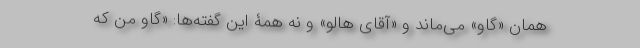
همان «گاو» می‌ماند و «آقای هالو» و نه همۀ این گفته‌ها: «گاو من که